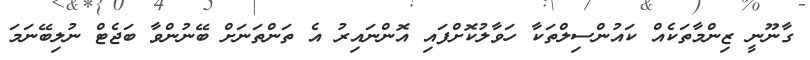
ގާނޫނީ ޒިންމާތަކެއް ކައުންސިލްތަކާ ހަވާލުކޮށްފައި އޮންނައިރު އެ ތަންތަނަށް ބޭނުންވާ ބަޖެޓް ނުލިބޭނަމަ